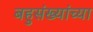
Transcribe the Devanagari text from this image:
बहुसंख्यांच्या